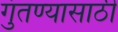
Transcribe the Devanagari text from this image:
गुंतण्यासाठी